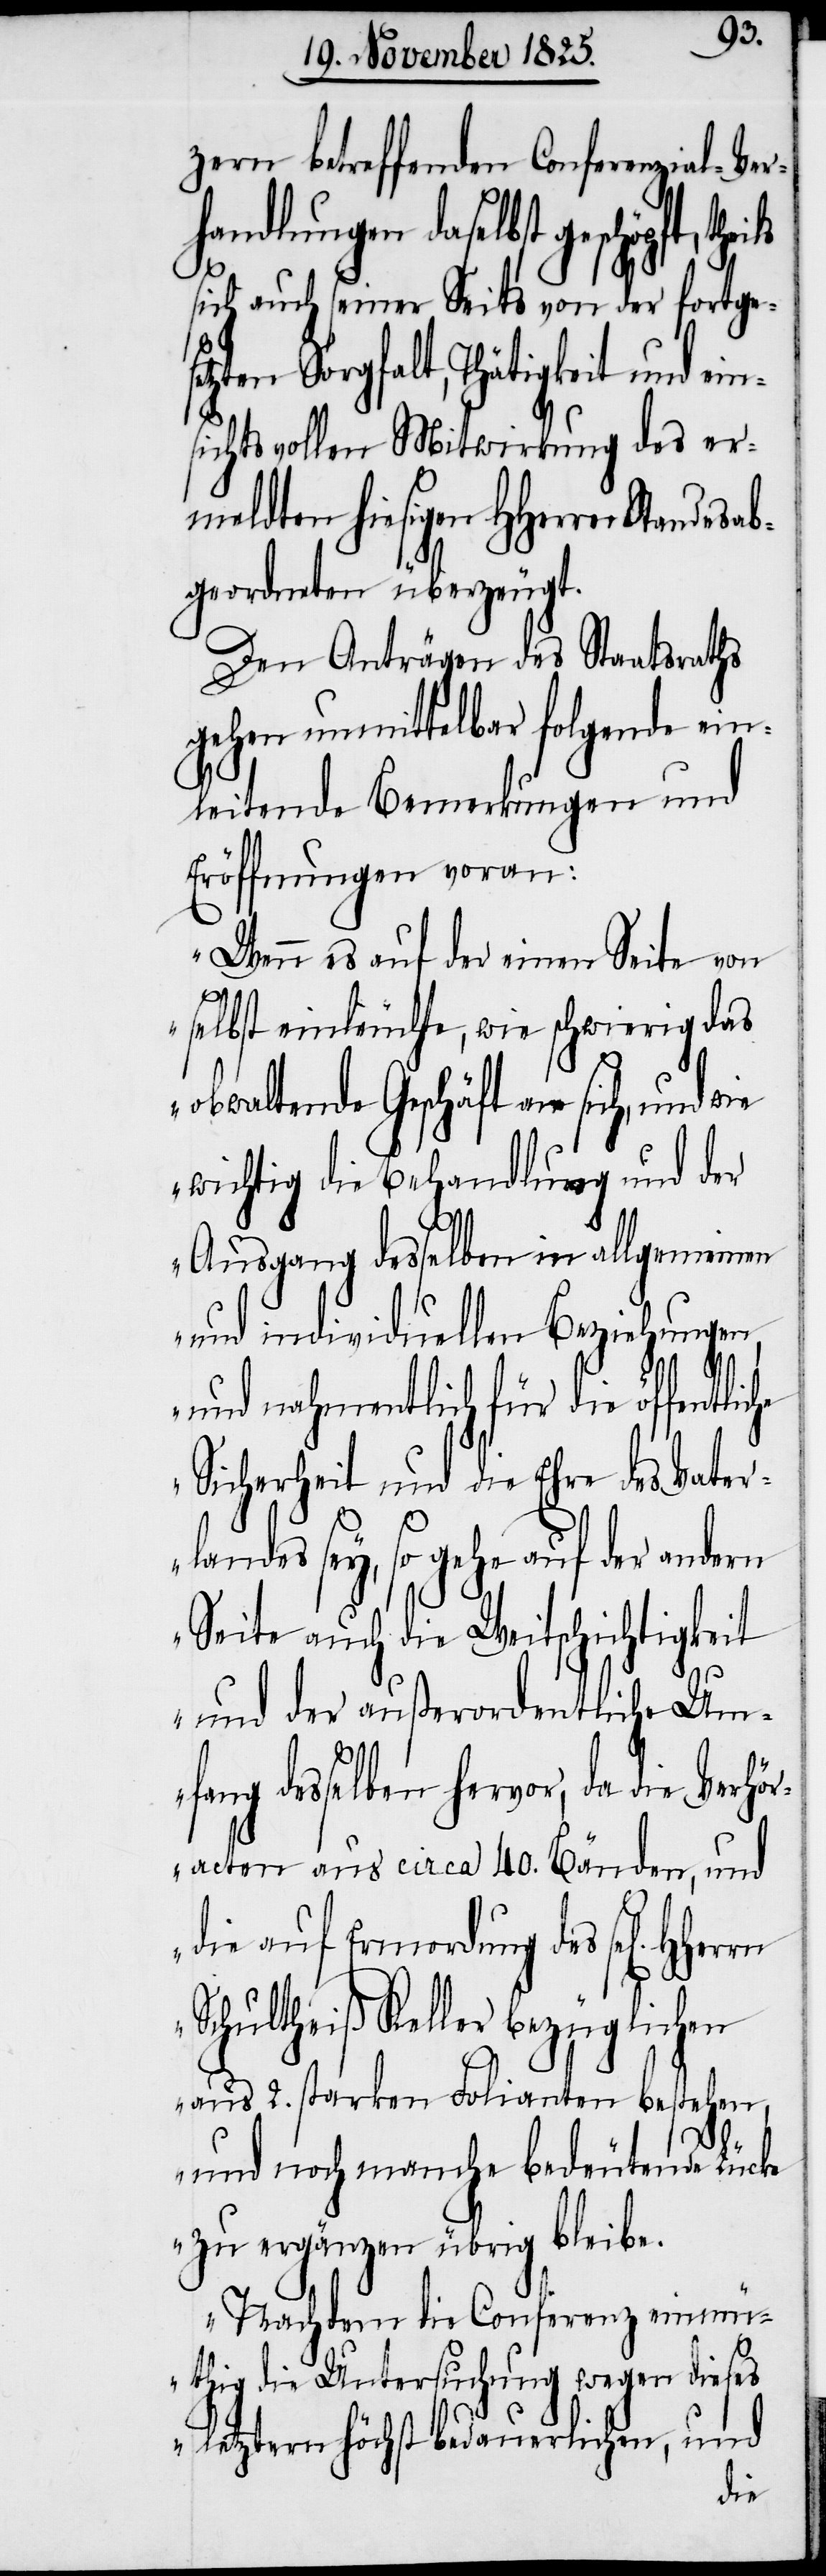
che
zern betreffenden Conferenzial-Ver¬
handlungen daselbst geschöpft,
sich auch seiner Seits von der fortgese¬
tzten Sorgfalt, Thätigkeit und
sichtsvollen Mitwirkung des er¬
meldten hiesigen HHerren Standes¬
geordneten überzeugt.
Den Anträgen des Staatsraths
gehen unmittelbar folgende ein¬
leitende Bemerkungen und
Eröffnungen voran:
„Wenn es auf der einen Seite von
selbst einleuchte, wie schwierig das
obwaltende Geschäft an sich, und wie
wichtig die Behandlung und der
Ausgang desselben in allgemeinen
und individuellen Beziehungen,
und nahmentlich für die öffentli¬
Sicherheit und die Ehre des Vater¬
landes sey, so gehe auf der andern
Seite auch die Weitschichtigkeit
und der außerordentliche Um¬
fang desselben hervor, da die Verhör¬
acten aus circa 40. Bänden, und
die auf Ermordung des sel[igen]
Schultheiß Keller bezüglichen
aus 2. starken Folianten bestehen,
und noch manche bedeutende Lücke
zu ergänzen übrig bleibe.
Nachdem die Conferenz einmü¬
thig die Untersuchung wegen dieses
letztern höchst bedauerlichen, und